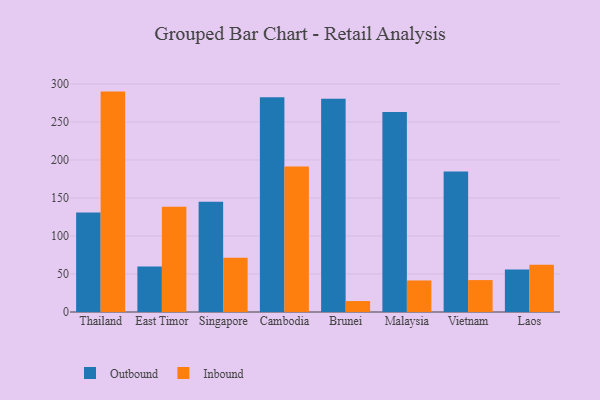
{"axis": {"x": "Country", "y": "Temperature (°C)"}, "legend": ["Inbound", "Outbound"], "data": [{"x": "Thailand", "y": 130.8, "type": "Outbound"}, {"x": "Thailand", "y": 289.9, "type": "Inbound"}, {"x": "East Timor", "y": 59.8, "type": "Outbound"}, {"x": "East Timor", "y": 138.5, "type": "Inbound"}, {"x": "Singapore", "y": 145.1, "type": "Outbound"}, {"x": "Singapore", "y": 71.4, "type": "Inbound"}, {"x": "Cambodia", "y": 282.6, "type": "Outbound"}, {"x": "Cambodia", "y": 191.3, "type": "Inbound"}, {"x": "Brunei", "y": 280.4, "type": "Outbound"}, {"x": "Brunei", "y": 14.4, "type": "Inbound"}, {"x": "Malaysia", "y": 263.0, "type": "Outbound"}, {"x": "Malaysia", "y": 41.5, "type": "Inbound"}, {"x": "Vietnam", "y": 184.9, "type": "Outbound"}, {"x": "Vietnam", "y": 42.0, "type": "Inbound"}, {"x": "Laos", "y": 55.9, "type": "Outbound"}, {"x": "Laos", "y": 62.1, "type": "Inbound"}]}